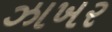
ઝાખર